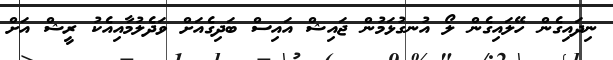
ނިދައިގެން ހޭލައިގެން ލޯ އުނގުޅަމުން ޖައިޝް އައިސް ބަދިގެއަށް ވަދެލުމާއިއެކު ރީޝް އަށް